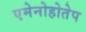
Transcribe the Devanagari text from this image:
एमेनोहोतेप